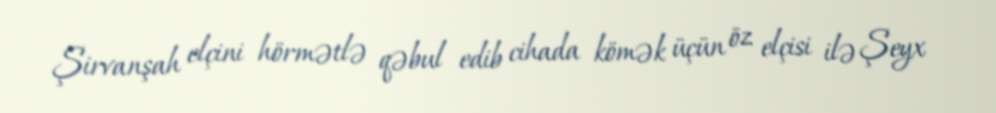
Şirvanşah elçini hörmətlə qəbul edib cihada kömək üçün öz elçisi ilə Şeyx